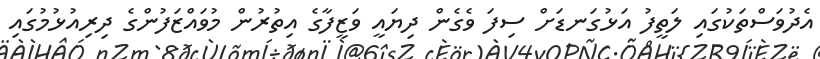
އެދުވަސްތަކުގައި ލަތީފު އަޅުގަނޑަށް ސިފަ ވެގެން ދިޔައީ ވަޒީފާގެ އިތުރުން މުވައްޒަފުންގެ ދިރިއުޅުމުގައި